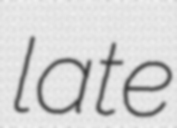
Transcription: late